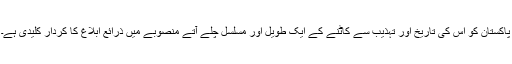
پاکستان کو اس کی تاریخ اور تہذیب سے کاٹنے کے ایک طویل اور مسلسل چلے آتے منصوبے میں ذرائع ابلاغ کا کردار کلیدی ہے۔